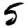
Digit: 5